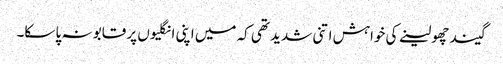
گیند چھو لینے کی خواہش اتنی شدید تھی کہ میں اپنی انگلیوں پر قابو نہ پا سکا۔